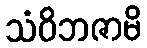
သံဝိဘဇာမိ